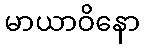
မာယာဝိနော